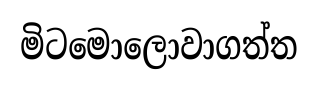
මිටමොලොවාගත්ත